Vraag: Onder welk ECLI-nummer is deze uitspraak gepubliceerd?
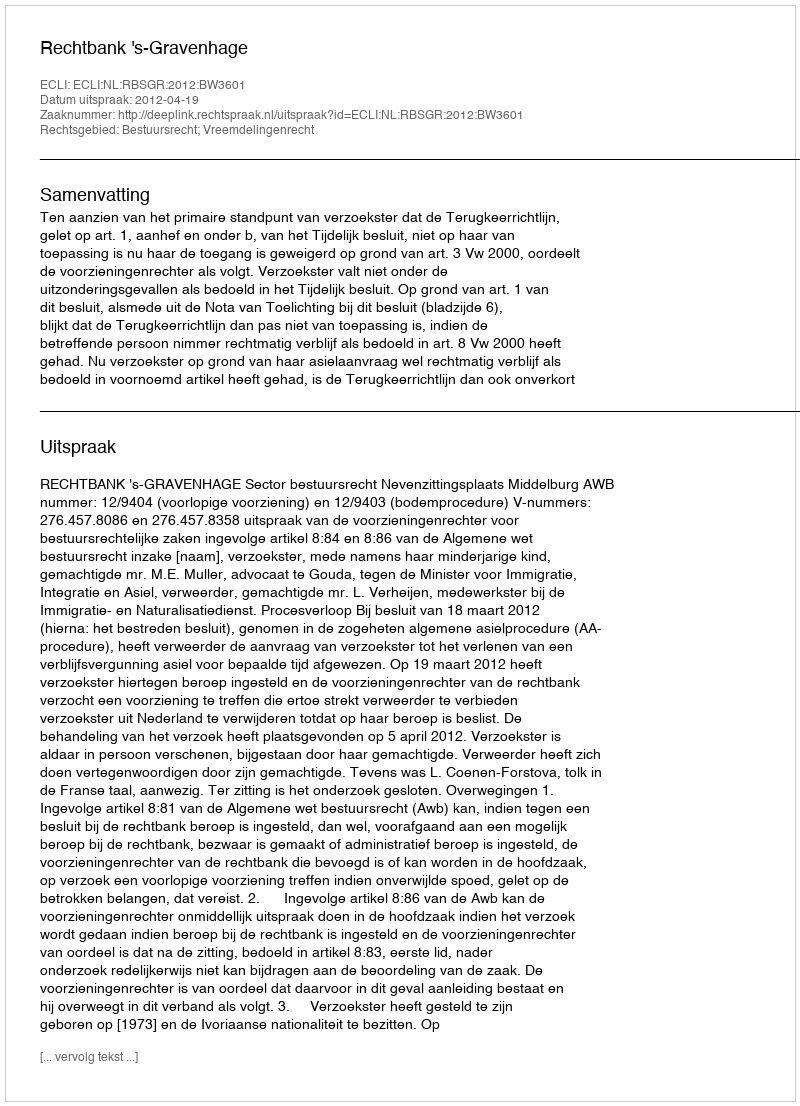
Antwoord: ECLI:NL:RBSGR:2012:BW3601